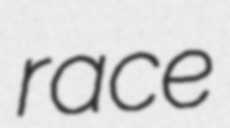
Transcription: race